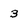
Character: 3